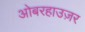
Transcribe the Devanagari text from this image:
ओबरहाउज़र